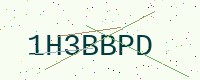
Text: 1H3BBPD